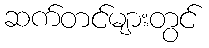
ဆက်တင်များတွင်